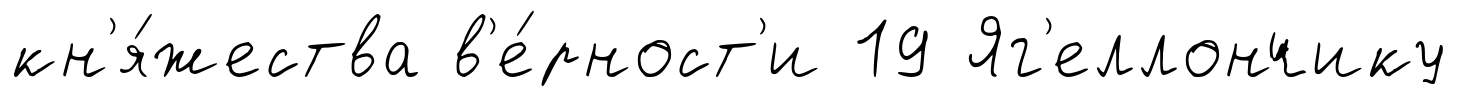
кн'я́жества в'е́рност'и 19 Яг'еллончику